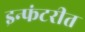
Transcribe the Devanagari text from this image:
इन्फंटरीत